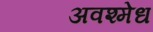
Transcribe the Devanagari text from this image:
अवश्मेध